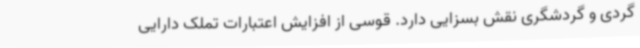
گردی و گردشگری نقش بسزایی دارد. قوسی از افزایش اعتبارات تملک دارایی